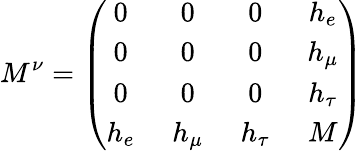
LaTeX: M^{\nu}=\left(\begin{array}{cccc}{{0\, }}&{{\, 0\, }}&{{\, 0\, }}&{{\, h_{e}}}\\ {{0\, }}&{{\, 0\, }}&{{\, 0\, }}&{{\, h_{\mu}}}\\ {{0\, }}&{{\, 0\, }}&{{\, 0\, }}&{{\, h_{\tau}}}\\ {{h_{e}\, }}&{{\, h_{\mu}\, }}&{{\, h_{\tau}\, }}&{{\, M}}\end{array}\right)